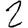
Digit: 2